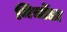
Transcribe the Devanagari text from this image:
मिर्चोडा